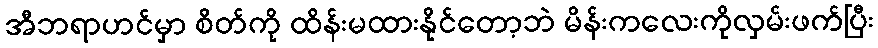
အီဘရာဟင်မှာ စိတ်ကို ထိန်းမထားနိုင်တော့ဘဲ မိန်းကလေးကိုလှမ်းဖက်ပြီး